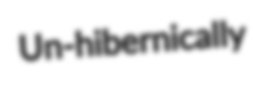
Un-hibernically